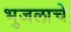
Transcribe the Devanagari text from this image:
भुजलाचे